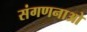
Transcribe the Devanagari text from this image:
संगणनाओ